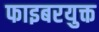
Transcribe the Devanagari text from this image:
फाइबरयुक्त